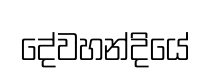
දේවහන්දියේ